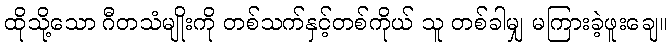
ထိုသို့သော ဂီတသံမျိုးကို တစ်သက်နှင့်တစ်ကိုယ် သူ တစ်ခါမျှ မကြားခဲ့ဖူးချေ။